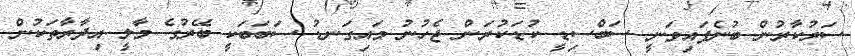
ސަރުކާރުން ބުނެފައިވަނީ ސަބްސިޑީ ކުޑަކުރަން ޖެހުނު މައިގަނޑު ސަބަބަކީ ބޭރުގެ މާލީ އިދާރާތަކުން